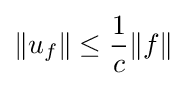
\|u_{f}\|\leq {\frac {1}{c}}\|f\|